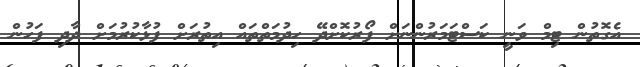
އެގޮތުން ޓިމް ވަނީ ކަސްޓަމަރުންނަށް ފޯރުކޮށްދޭ ހިދުމަތްތައް އިތުރަށް ފުޅާކުރުމަށް ދާދި ފަހުން